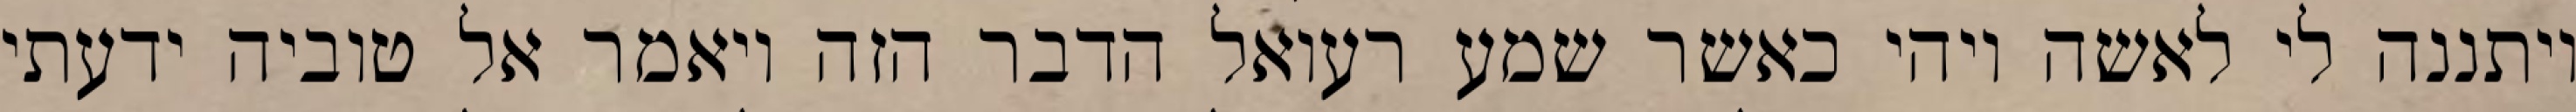
ויתננה לי לאשה ויהי כאשר שמע רעואל הדבר הזה ויאמר אל טוביה ידעתי